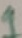
Text: 1